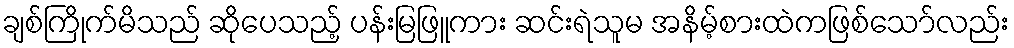
ချစ်ကြိုက်မိသည် ဆိုပေသည့် ပန်းမြဖြူကား ဆင်းရဲသူမ အနိမ့်စားထဲကဖြစ်သော်လည်း